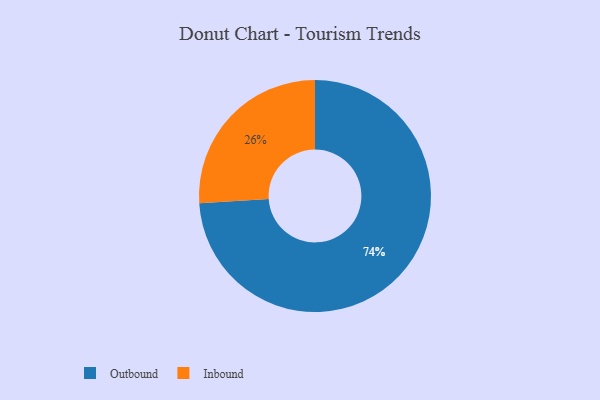
{"axis": {"x": "Category", "y": "Percentage"}, "legend": ["Inbound", "Outbound"], "data": [{"x": "Outbound", "y": 74, "type": "Outbound"}, {"x": "Inbound", "y": 26, "type": "Inbound"}]}